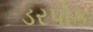
ડરપોક